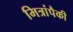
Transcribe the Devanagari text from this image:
मित्रांपैकी